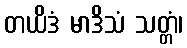
တယိဒံ မာဒိသံ သတ္တံ၊